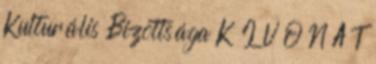
Kulturális Bizottsága K I V O N A T